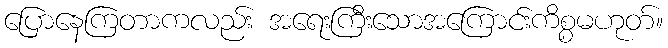
ပြောနေကြတာကလည်း အရေးကြီးသောအကြောင်းကိစ္စမဟုတ်။